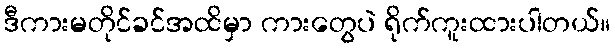
ဒီကားမတိုင်ခင်အထိမှာ ကားတွေပဲ ရိုက်ကူးထားပါတယ်။